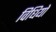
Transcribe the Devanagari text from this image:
विधियो